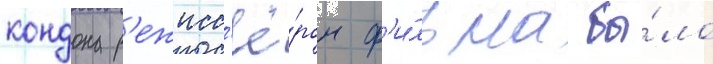
кондона р'ежисс'ё́ром ф'и́льма бы́ло